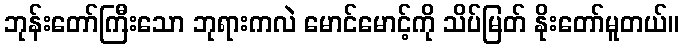
ဘုန်းတော်ကြီးသော ဘုရားကလဲ မောင်မောင့်ကို သိပ်မြတ် နိုးတော်မူတယ်။